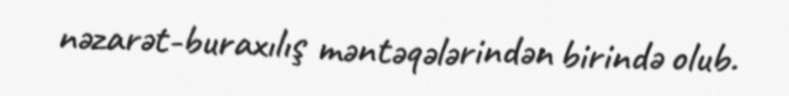
nəzarət-buraxılış məntəqələrindən birində olub.